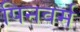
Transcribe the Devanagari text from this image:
पिनवर्म